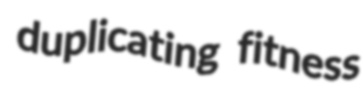
duplicating fitness